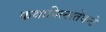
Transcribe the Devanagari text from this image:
कथायिल्‍लतेवन्‍टे